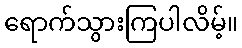
ရောက်သွားကြပါလိမ့်။